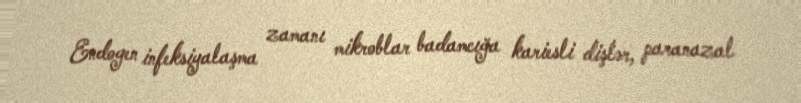
Endogen infeksiyalaşma zamanı mikroblar badamcığa kariesli dişlər, paranazal